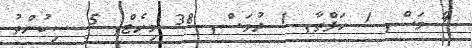
4 މަސް